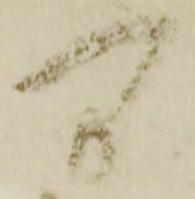
間